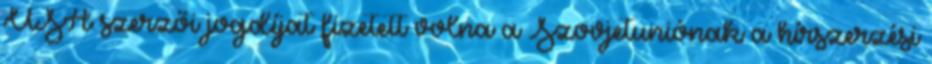
USA szerzői jogdíjat fizetett volna a Szovjetuniónak a hírszerzési